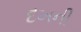
દખની